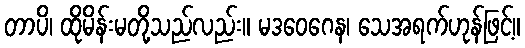
တာပိ၊ ထိုမိန်းမတို့သည်လည်း။ မဒဝေဂေန၊ သေအရက်ဟုန်ဖြင့်။